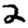
Digit: 2